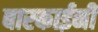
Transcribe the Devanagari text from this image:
बारकाईनी